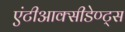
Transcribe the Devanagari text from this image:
एंटीआक्सीडेण्ट्स